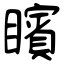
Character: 矉